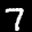
Label: 7